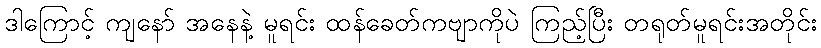
ဒါကြောင့် ကျနော် အနေနဲ့ မူရင်း ထန်ခေတ်ကဗျာကိုပဲ ကြည့်ပြီး တရုတ်မူရင်းအတိုင်း